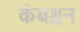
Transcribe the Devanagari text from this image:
कंबश्चन